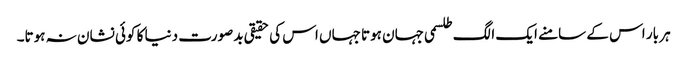
ہر بار اس کے سامنے ایک الگ طلسمی جہان ہوتا جہاں اس کی حقیقی بدصورت دنیا کا کوئی نشان نہ ہوتا۔